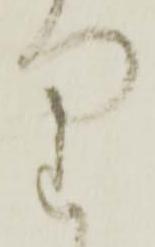
り